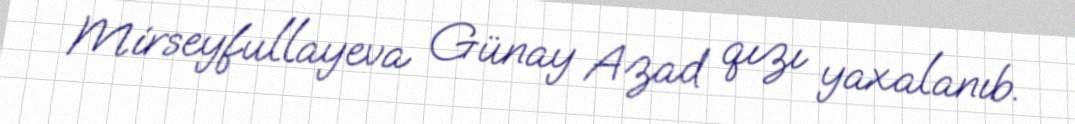
Mirseyfullayeva Günay Azad qızı yaxalanıb.